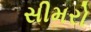
સીમરો